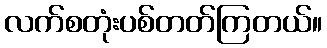
လက်စတုံးပစ်တတ်ကြတယ်။